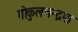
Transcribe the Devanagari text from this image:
गोकुलचन्द्रमा